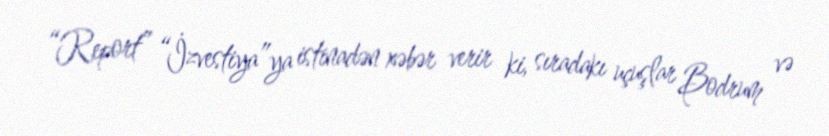
“Report” “İzvestiya”ya istinadən xəbər verir ki, sıradakı uçuşlar Bodrum və